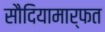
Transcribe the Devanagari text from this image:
सौदियामार्फत